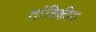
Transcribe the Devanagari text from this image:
तांत्रिकीय